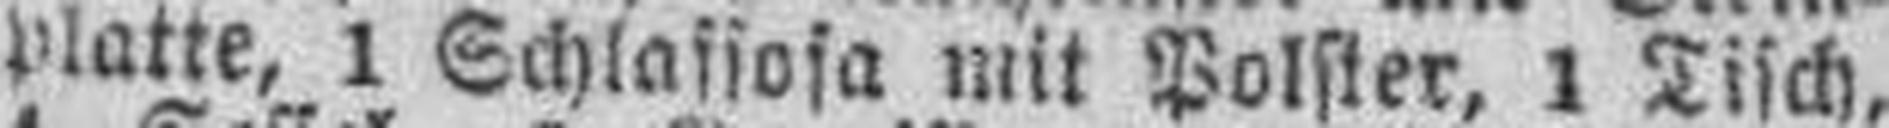
platte, 1 Schlassosa mit Polster, 1 Tisch,